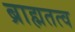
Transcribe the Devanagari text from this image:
ब्राह्मतत्व